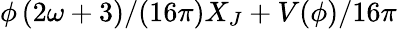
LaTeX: \phi\left(2\omega+3)/(16\pi\right)X_{J}+V(\phi)/16\pi